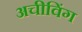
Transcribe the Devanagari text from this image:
अचीविंग